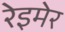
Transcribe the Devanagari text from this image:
रेइमेर